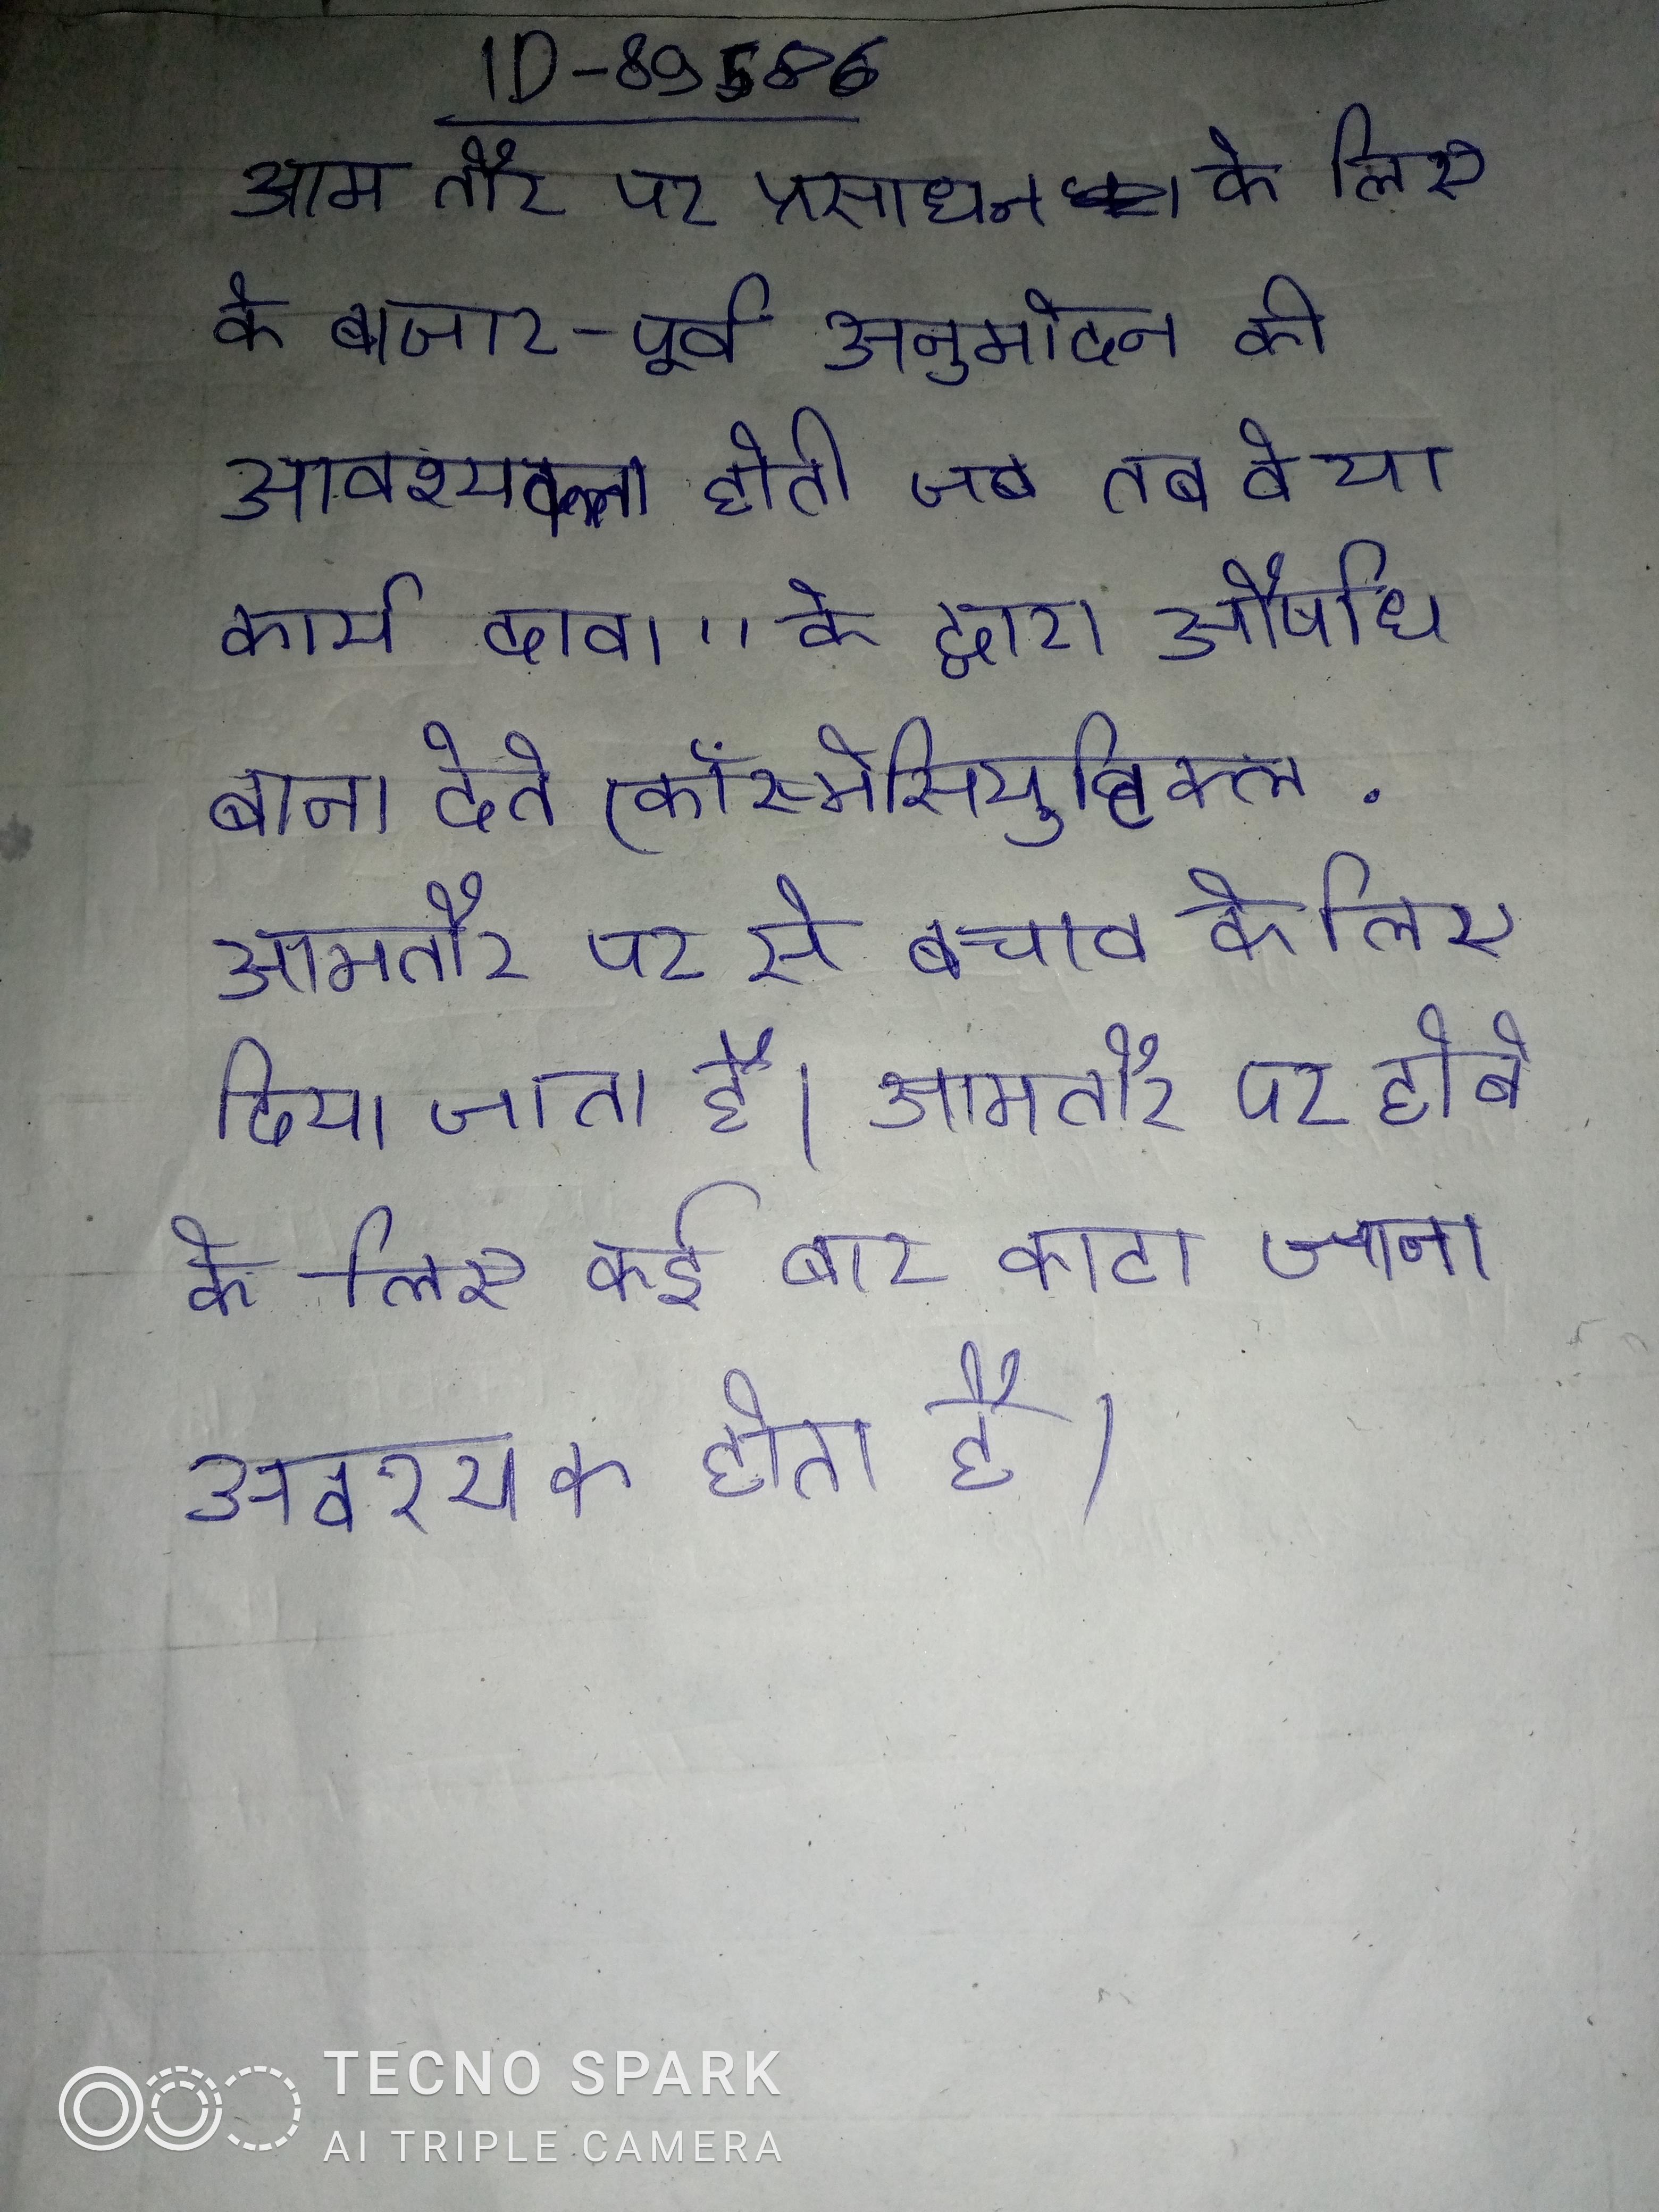
आम तौर पर प्रसाधन के लिए के बाजार-पूर्व अनुमोदन की आवश्यकता होती जब तक वे या कार्य दावा" के द्वारा औषधि बना देते (कॉस्मेसियुटिक्ल . आमतौर पर से बचाव के लिए दिया जाता है । आमतौर पर होने के लिए कई बार काटा जाना आवश्यक होता है .